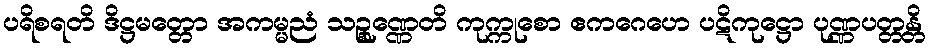
ပရိစရတိ ဒိဋ္ဌမတ္တော အကမ္မညံ သဉ္စုဏ္ဏေတိ ကုက္ကုစော ဧကဂေဟေ ပဋိကုဋ္ဌော ပုဏ္ဏပတ္တန္တိ